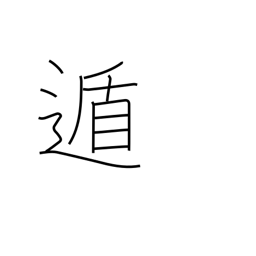
Meaning: flee